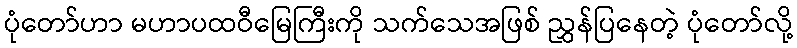
ပုံတော်ဟာ မဟာပထဝီမြေကြီးကို သက်သေအဖြစ် ညွှန်ပြနေတဲ့ ပုံတော်လို့